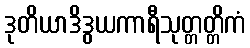
ဒုတိယာဒိဒွယကာရီသုတ္တတ္တိကံ